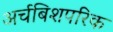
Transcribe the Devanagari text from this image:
अर्चबिशपरिक